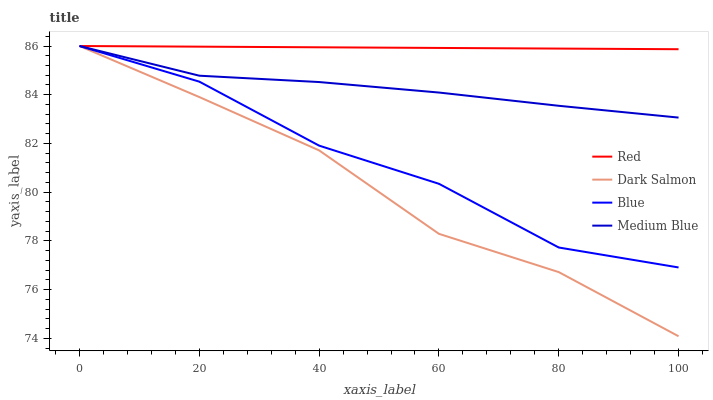
| xaxis_label | Red | Dark Salmon | Blue | Medium Blue |
 | --- | --- | --- | --- | --- |
 | 0 | 86 | 86 | 86 | 86 |
 | 20 | 86 | 83.9 | 84.5 | 84.8 |
 | 40 | 85.9 | 81.7 | 81.9 | 84.5 |
 | 60 | 85.9 | 78.3 | 80.3 | 84.1 |
 | 80 | 85.9 | 76.7 | 77.7 | 83.5 |
 | 100 | 85.9 | 74.1 | 76.9 | 83.1 |